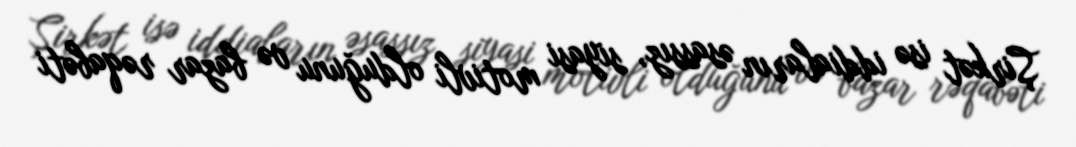
Şirkət isə iddiaların əsassız, siyasi motivli olduğunu və bazar rəqabəti